Report of an investigation into the causes of the diseases known in Assam as Kála-Azár and Beri-Beri
Disease focus: Beri-Beri
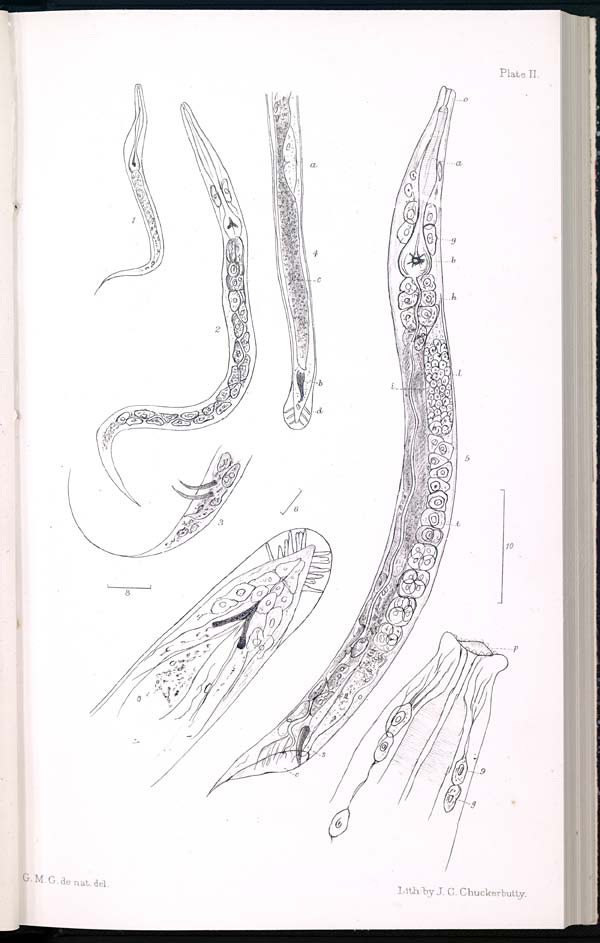
Plate II.
G. M. G. de nat. del. Lith: by J. C. Chuckerbutty